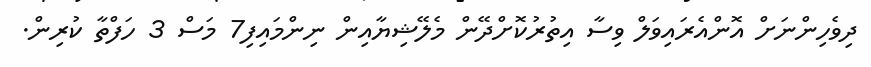
ދިވެހިންނަށް އޮންއެރައިވަލް ވިސާ އިތުރުކޮށްދޭން މެލޭޝިޔާއިން ނިންމައިފި7 މަސް 3 ހަފްތާ ކުރިން.